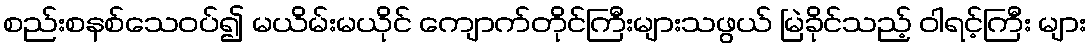
စည်းစနစ်သေဝပ်၍ မယိမ်းမယိုင် ကျောက်တိုင်ကြီးများသဖွယ် မြဲခိုင်သည့် ဝါရင့်ကြီး များ